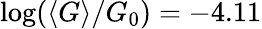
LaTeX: \log(\langle G\rangle/G_{0})=-4.11